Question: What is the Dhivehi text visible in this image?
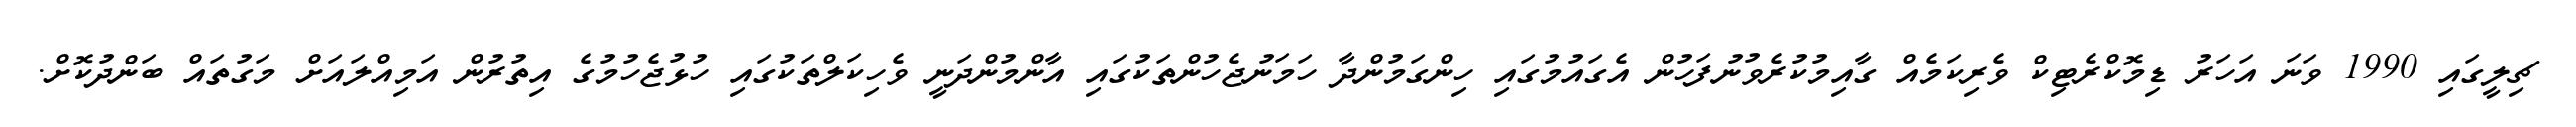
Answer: ޗިލީގައި 1990 ވަނަ އަހަރު ޑިމޮކްރެޓިކް ވެރިކަމެއް ގާއިމުކުރެވުނުފަހުން އެގައުމުގައި ހިންގަމުންދާ ހަމަނުޖެހުންތަކުގައި އާންމުންދަނީ ވެހިކަލްތަކުގައި ހުޅުޖެހުމުގެ އިތުރުން އަމިއްލައަށް މަގުތައް ބަންދުކޮށް.